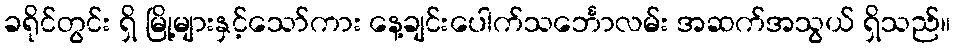
ခရိုင်တွင်း ရှိ မြို့များနှင့်သော်ကား နေ့ချင်းပေါက်သင်္ဘောလမ်း အဆက်အသွယ် ရှိသည်။